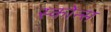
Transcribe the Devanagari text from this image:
स्कोन्स